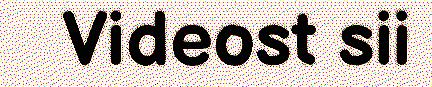
Videost sii